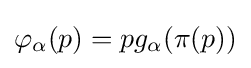
\varphi _{\alpha }(p)=pg_{\alpha }(\pi (p))